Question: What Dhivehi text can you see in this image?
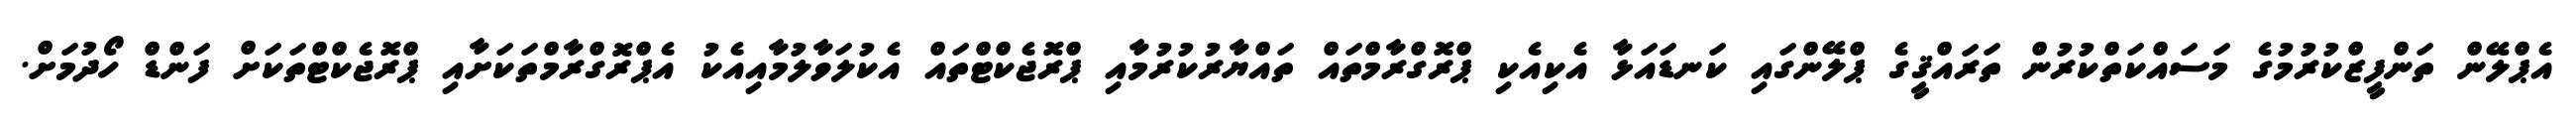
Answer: އެޕްލޭން ތަންފީޒްކުރުމުގެ މަސައްކަތްކުރުން ތަރައްޤީގެ ޕްލޭންގައި ކަނޑައަޅާ އެކިއެކި ޕްރޮގްރާމްތައް ތައްޔާރުކުރުމާއި ޕްރޮޖެކްޓްތައް އެކުލަވާލުމާއިއެކު އެޕްރޮގްރާމްތަކަށާއި ޕްރޮޖެކްޓްތަކަށް ފަންޑް ހޯދުމަށް.